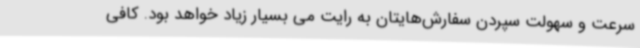
سرعت و سهولت سپردن سفارش‌هایتان به رایت می بسیار زیاد خواهد بود. کافی